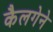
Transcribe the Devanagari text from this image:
कैलगेने